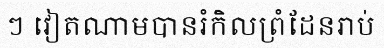
ៗ វៀតណាមបានរំកិលព្រំដែនរាប់